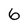
Character: 6